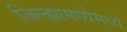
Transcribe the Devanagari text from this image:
जिल्ह्यामध्येमध्ये